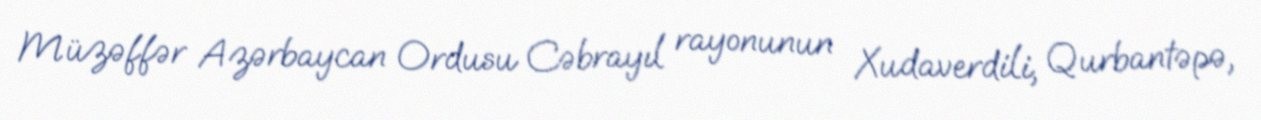
Müzəffər Azərbaycan Ordusu Cəbrayıl rayonunun Xudaverdili, Qurbantəpə,